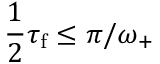
\frac { 1 } { 2 } \tau _ { \mathrm { f } } \leq \pi / \omega _ { + }